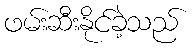
ဖမ်းဆီးနိုင်ခဲ့သည်